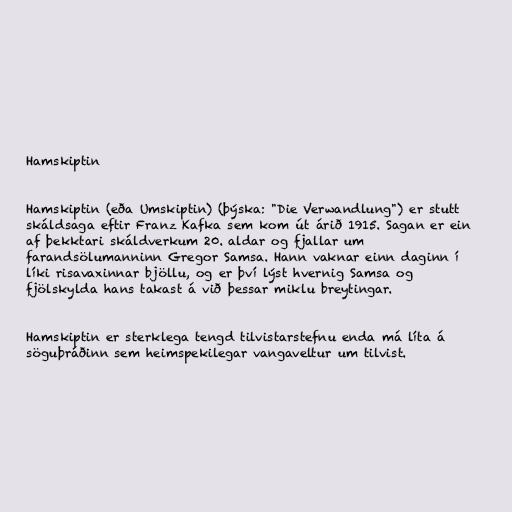
Hamskiptin

Hamskiptin (eða Umskiptin) (þýska: "Die Verwandlung") er stutt
skáldsaga eftir Franz Kafka sem kom út árið 1915. Sagan er ein
af þekktari skáldverkum 20. aldar og fjallar um
farandsölumanninn Gregor Samsa. Hann vaknar einn daginn í
líki risavaxinnar bjöllu, og er því lýst hvernig Samsa og
fjölskylda hans takast á við þessar miklu breytingar.

Hamskiptin er sterklega tengd tilvistarstefnu enda má líta á
söguþráðinn sem heimspekilegar vangaveltur um tilvist.